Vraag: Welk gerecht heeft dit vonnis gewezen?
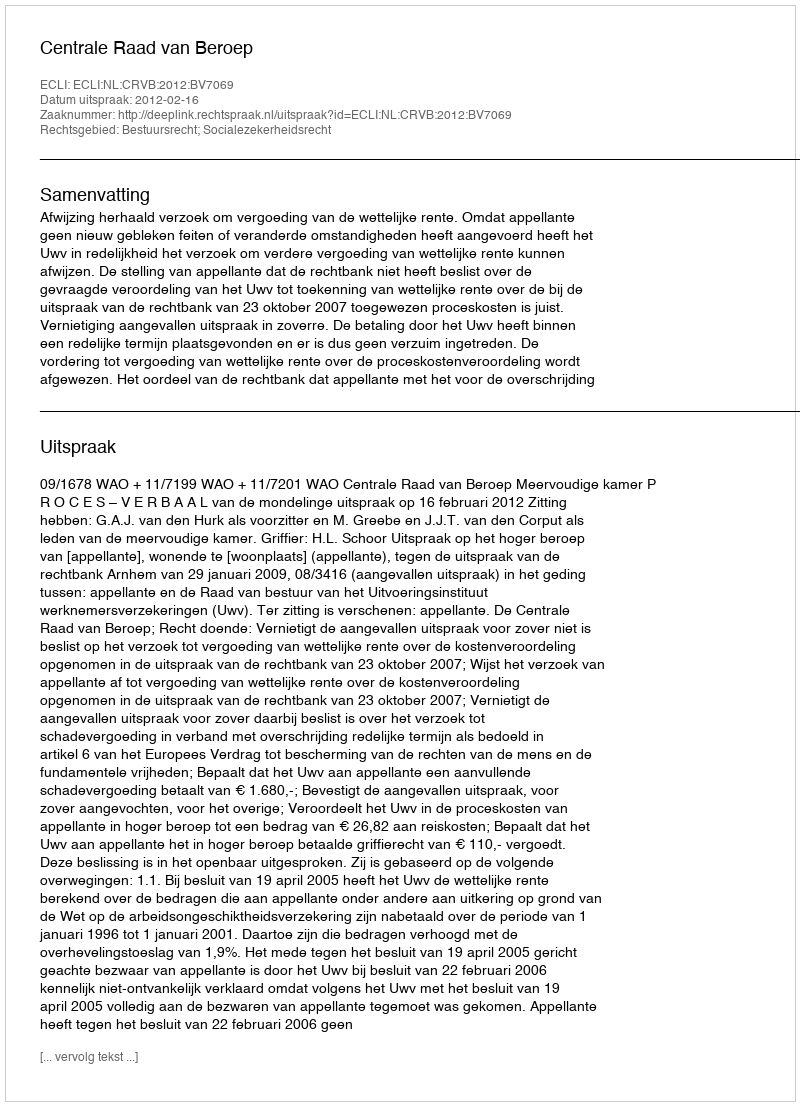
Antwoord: Centrale Raad van Beroep